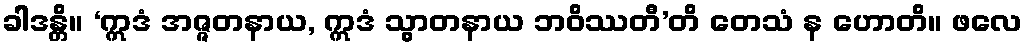
ခါဒန္တိ။ ‘ဣဒံ အဇ္ဇတနာယ, ဣဒံ သွာတနာယ ဘဝိဿတီ’တိ တေသံ န ဟောတိ။ ဖလေ